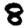
Digit: 8